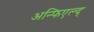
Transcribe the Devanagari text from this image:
अन्फिएल्द्